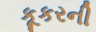
કૂકરની